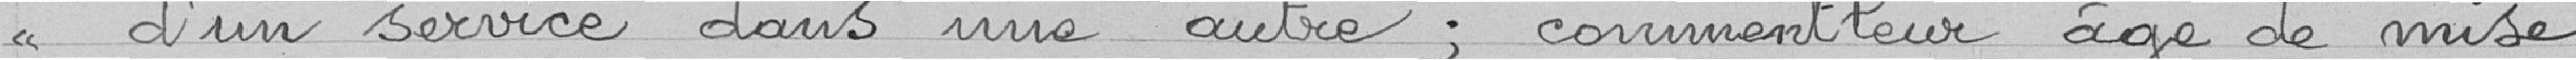
<< d'un service à l'autre; comment leur age de mise